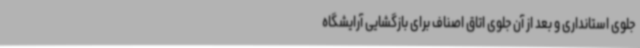
جلوی استانداری و بعد از آن جلوی اتاق اصناف برای بازگشایی آرایشگاه